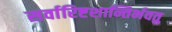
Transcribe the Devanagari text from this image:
सर्वारिष्टशान्तिर्भवतु